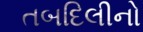
તબદિલીનો